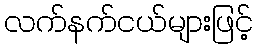
လက်နက်ငယ်များဖြင့်